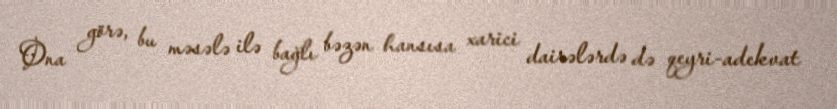
Ona görə, bu məsələ ilə bağlı bəzən hansısa xarici dairələrdə də qeyri-adekvat